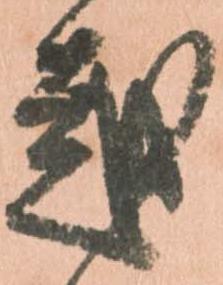
越